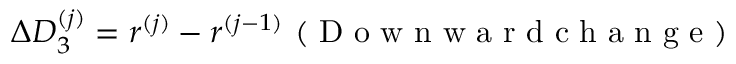
\Delta D _ { 3 } ^ { ( j ) } = r ^ { ( j ) } - r ^ { ( j - 1 ) } \mathrm { ~ ( ~ D ~ o ~ w ~ n ~ w ~ a ~ r ~ d ~ c ~ h ~ a ~ n ~ g ~ e ~ ) ~ }